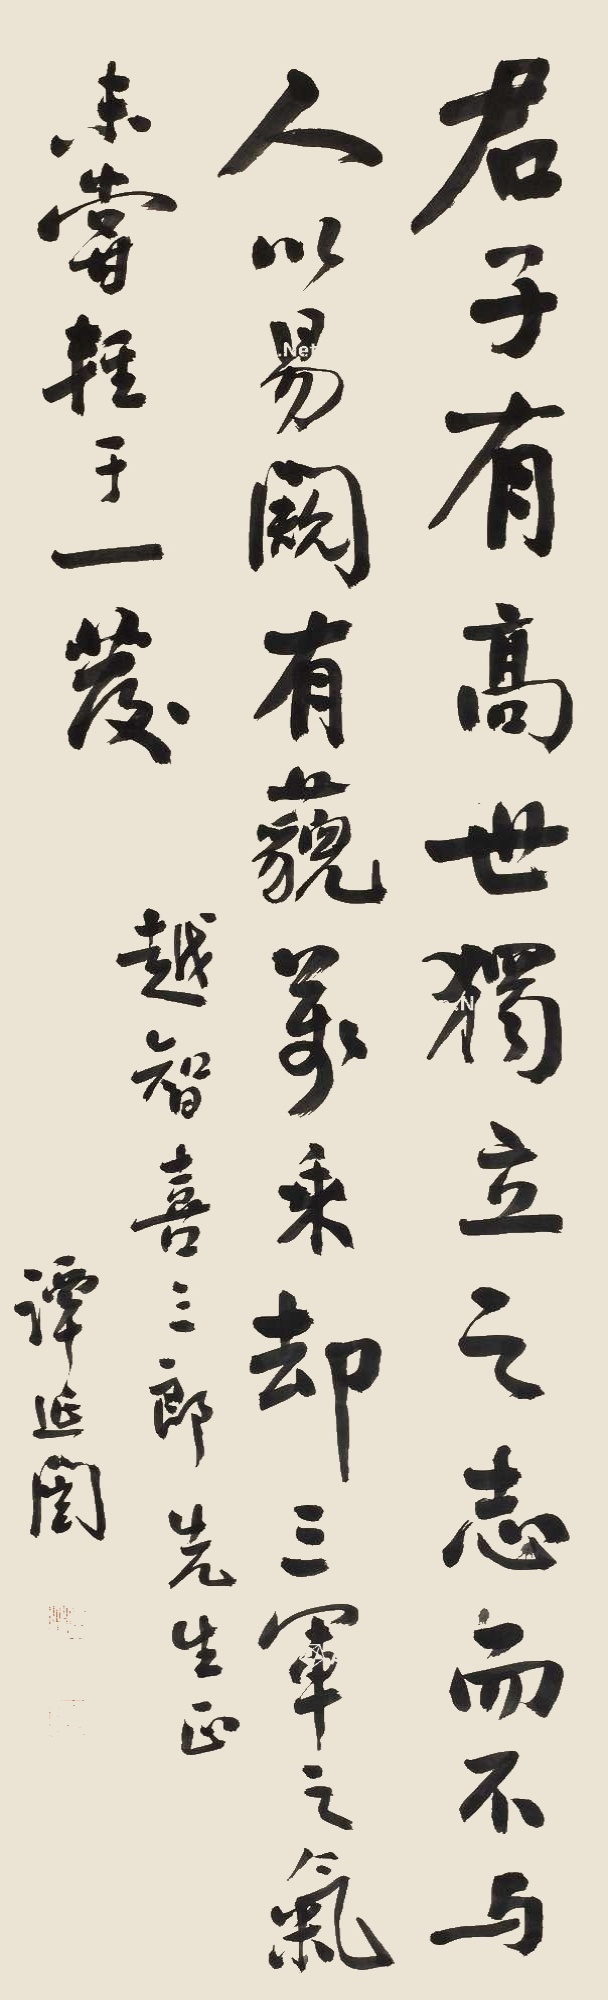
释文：君子有高世独立之志，而不与人以易窥；有藐万乘却三军之气，未尝轻于一发。越智喜三郎先生正，谭延闿。